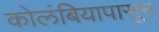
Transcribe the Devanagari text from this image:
कोलंबियापासून